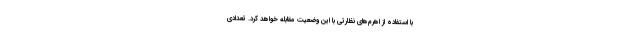
با استفاده از اهرم‌های نظارتی با این وضعیت مقابله خواهد کرد. تعدادی